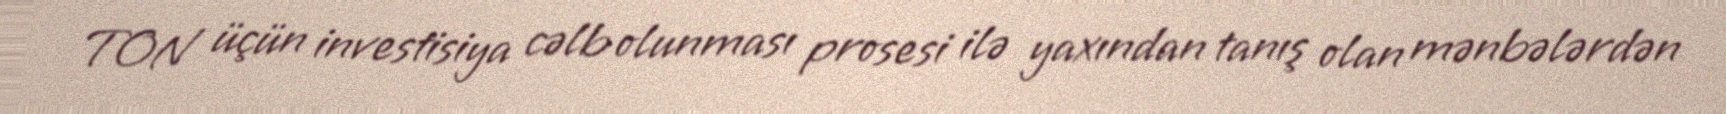
TON üçün investisiya cəlb olunması prosesi ilə yaxından tanış olan mənbələrdən